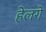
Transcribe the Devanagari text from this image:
हेलगे